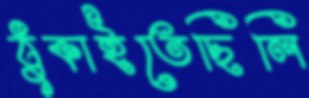
ঠুকাইতেছিলি